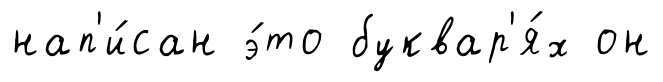
нап'и́сан э́то буквар'я́х он